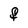
Character: F